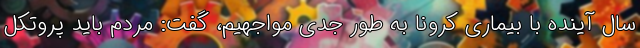
سال آینده با بیماری کرونا به طور جدی مواجهیم، گفت: مردم باید پروتکل